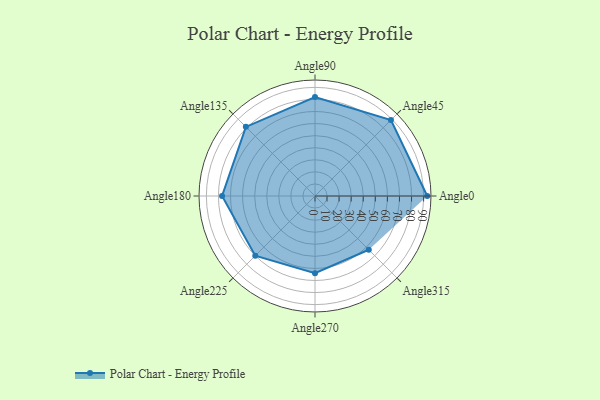
{"axis": {"x": "Angle", "y": "Radius"}, "legend": [""], "data": [{"x": "Angle0", "y": 93.0, "type": ""}, {"x": "Angle45", "y": 89.0, "type": ""}, {"x": "Angle90", "y": 82.0, "type": ""}, {"x": "Angle135", "y": 81.0, "type": ""}, {"x": "Angle180", "y": 77.0, "type": ""}, {"x": "Angle225", "y": 70.0, "type": ""}, {"x": "Angle270", "y": 64.0, "type": ""}, {"x": "Angle315", "y": 63.0, "type": ""}]}